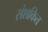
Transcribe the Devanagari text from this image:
संशकित